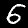
Label: 6